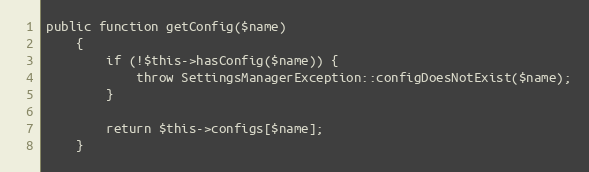
Language: PHP
public function getConfig($name)
    {
        if (!$this->hasConfig($name)) {
            throw SettingsManagerException::configDoesNotExist($name);
        }

        return $this->configs[$name];
    }